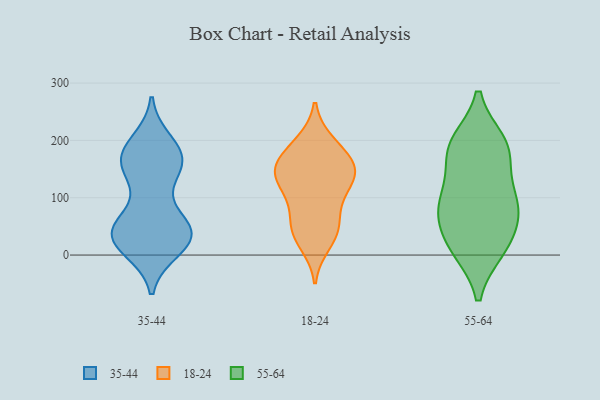
{"axis": {"x": "Shipments", "y": "Value"}, "legend": ["18-24", "35-44", "55-64"], "data": [{"x": "", "y": 37, "type": "35-44"}, {"x": "", "y": 56, "type": "35-44"}, {"x": "", "y": 28, "type": "35-44"}, {"x": "", "y": 38, "type": "35-44"}, {"x": "", "y": 37, "type": "35-44"}, {"x": "", "y": 165, "type": "35-44"}, {"x": "", "y": 167, "type": "35-44"}, {"x": "", "y": 194, "type": "35-44"}, {"x": "", "y": 174, "type": "35-44"}, {"x": "", "y": 44, "type": "35-44"}, {"x": "", "y": 13, "type": "35-44"}, {"x": "", "y": 32, "type": "35-44"}, {"x": "", "y": 176, "type": "35-44"}, {"x": "", "y": 159, "type": "35-44"}, {"x": "", "y": 161, "type": "35-44"}, {"x": "", "y": 30, "type": "35-44"}, {"x": "", "y": 133, "type": "35-44"}, {"x": "", "y": 40, "type": "35-44"}, {"x": "", "y": 196, "type": "18-24"}, {"x": "", "y": 32, "type": "18-24"}, {"x": "", "y": 98, "type": "18-24"}, {"x": "", "y": 63, "type": "18-24"}, {"x": "", "y": 126, "type": "18-24"}, {"x": "", "y": 46, "type": "18-24"}, {"x": "", "y": 50, "type": "18-24"}, {"x": "", "y": 157, "type": "18-24"}, {"x": "", "y": 136, "type": "18-24"}, {"x": "", "y": 103, "type": "18-24"}, {"x": "", "y": 197, "type": "18-24"}, {"x": "", "y": 19, "type": "18-24"}, {"x": "", "y": 167, "type": "18-24"}, {"x": "", "y": 145, "type": "18-24"}, {"x": "", "y": 132, "type": "18-24"}, {"x": "", "y": 155, "type": "18-24"}, {"x": "", "y": 161, "type": "18-24"}, {"x": "", "y": 87, "type": "55-64"}, {"x": "", "y": 94, "type": "55-64"}, {"x": "", "y": 179, "type": "55-64"}, {"x": "", "y": 18, "type": "55-64"}, {"x": "", "y": 15, "type": "55-64"}, {"x": "", "y": 186, "type": "55-64"}, {"x": "", "y": 195, "type": "55-64"}, {"x": "", "y": 73, "type": "55-64"}, {"x": "", "y": 71, "type": "55-64"}, {"x": "", "y": 186, "type": "55-64"}, {"x": "", "y": 11, "type": "55-64"}, {"x": "", "y": 112, "type": "55-64"}]}